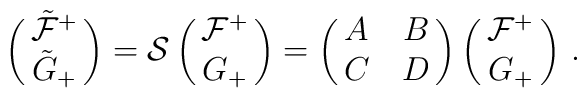
\pmatrix{\tilde \mathcal{F}^+\cr \tilde G_+}= \mathcal{S} \pmatrix{\mathcal{F}^+\cr  G_+}= \pmatrix{A&B\cr C&D} \pmatrix{\mathcal{F}^+\cr  G_+}\,.